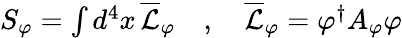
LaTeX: \begin{array}{r}{S_{\varphi}=\int d^{4}x\, \overline{{\mathcal{L}}}_{\varphi}\quad,\quad\overline{{\mathcal{L}}}_{\varphi}=\varphi^{\dagger}A_{\varphi}\varphi}\end{array}